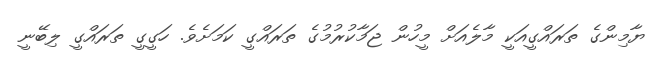
ޔާމިންގެ ތަރައްގީއަކީ މާލެއަށް މީހުން ޖަމާކުރުމުގެ ތަރައްގީ ކަމަށެވެ. ހަގީގީ ތަރައްގީ ލިބޭނީ